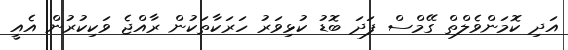
އަދި ކޮމަންވެލްތް ގޭމްސް ފަދަ ބޮޑު ކުޅިވަރު ހަރަކާތަކުން ރާއްޖެ ވަކިކުރުން އެއީ